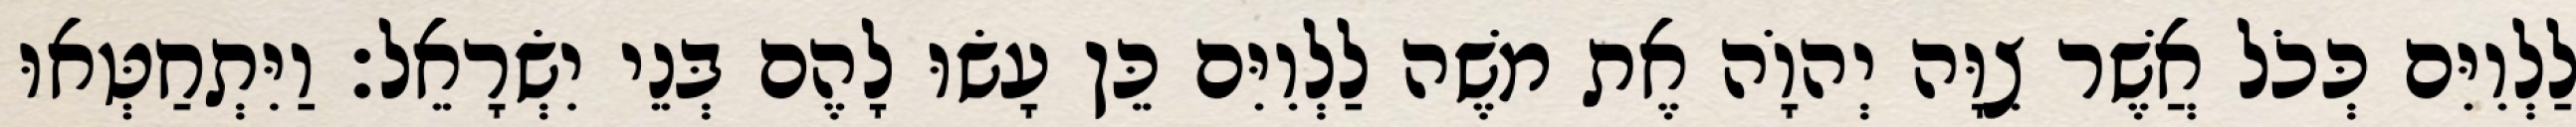
לַלְוִיִּם כְּכֹל אֲשֶׁר צִוָּה יְהוָֹה אֶת משֶׁה לַלְוִיִּם כֵּן עָשׂוּ לָהֶם בְּנֵי יִשְׂרָאֵל׃ וַיִּתְחַטְּאוּ